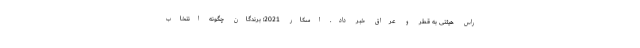
راس هیئتی به قطر و عراق خبر داد. اسکار 2021؛ برندگان چگونه انتخاب